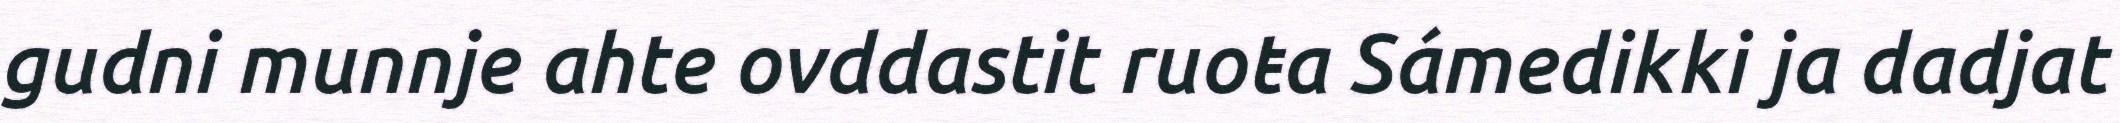
gudni munnje ahte ovddastit ruoŧa Sámedikki ja dadjat